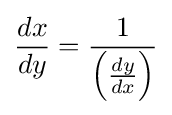
{\frac {dx}{dy}}={\frac {1}{\left({\frac {dy}{dx}}\right)}}